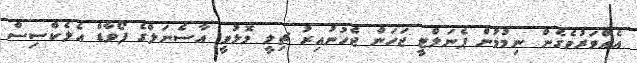
އެއްވަރުވެގެން ނިމުމުން ޕެނަލްޓީ ޖަހަން ޖެހުނުއިރު ޗިލީ މޮޅުވީ އާސެނަލްގެ ފޯވާޑް އެލެކްސިސް